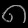
Digit: ၈